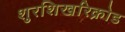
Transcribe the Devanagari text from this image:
शुरशिखरिक्रोड